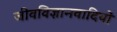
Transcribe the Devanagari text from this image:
जीवविज्ञानवादियों